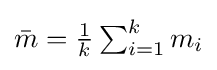
\textstyle {\bar {m}}={\frac {1}{k}}\sum _{i=1}^{k}m_{i}